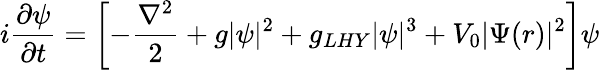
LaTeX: i\frac{\partial\psi}{\partial t}=\left[-\frac{\nabla^{2}}{2}+g|\psi|^{2}+g_{LHY}|\psi|^{3}+V_{0}|\Psi(r)|^{2}\right]\psi